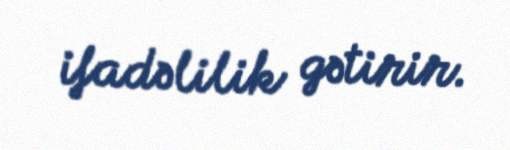
ifadəlilik gətirir.